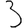
Digit: 3